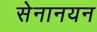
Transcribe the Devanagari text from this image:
सेनानयन